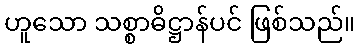
ဟူသော သစ္စာဓိဋ္ဌာန်ပင် ဖြစ်သည်။